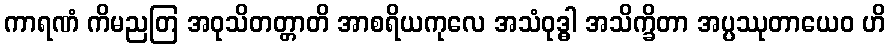
ကာရဏံ ကိမညတြ အဝုသိတတ္တာတိ အာစရိယကုလေ အသံဝုဒ္ဓါ အသိက္ခိတာ အပ္ပဿုတာယေဝ ဟိ